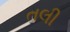
તલી